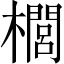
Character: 櫚